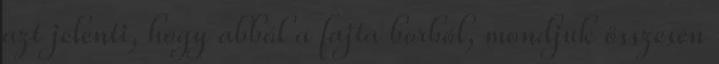
azt jelenti, hogy abból a fajta borból, mondjuk összesen